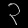
Digit: ၃